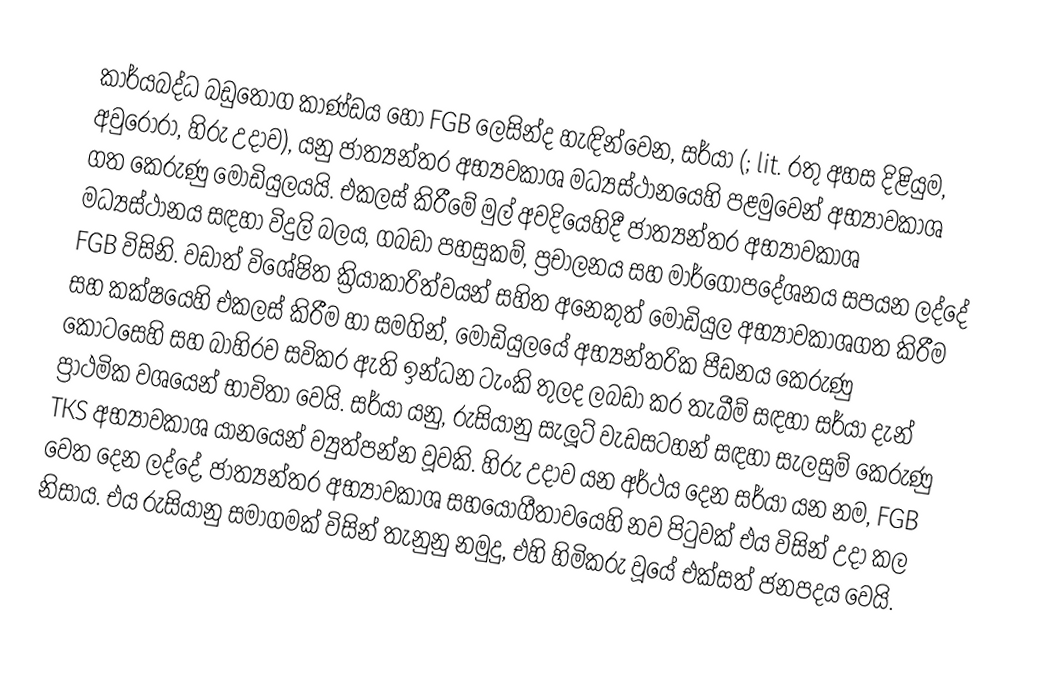
කාර්යබද්ධ බඩුතොග කාණ්ඩය හෝ FGB ලෙසින්ද හැඳින්වෙන, සර්යා (; lit. රතු අහස දිළියුම, අවුරෝරා, හිරු උදාව), යනු  ජාත්‍යන්තර අභ්‍යවකාශ මධ්‍යස්ථානයෙහි පළමුවෙන් අභ්‍යාවකාශ ගත කෙරුණු මොඩියුලයයි.   එකලස් කිරීමේ මුල් අවදියෙහිදී ජාත්‍යන්තර අභ්‍යාවකාශ මධ්‍යස්ථානය සඳහා විදුලි බලය, ගබඩා පහසුකම්, ප්‍රචාලනය සහ මාර්ගෝපදේශනය සපයන ලද්දේ FGB විසිනි.  වඩාත් විශේෂිත ක්‍රියාකාරිත්වයන් සහිත අනෙකුත් මොඩියුල අභ්‍යාවකාශගත කිරීම සහ කක්ෂයෙහි  එකලස් කිරීම හා සමගින්, මොඩියුලයේ අභ්‍යන්තරික පීඩනය කෙරුණු කොටසෙහි සහ බාහිරව සවිකර ඇති ඉන්ධන ටැංකි තුලද ලබඩා කර තැබීම් සඳහා සර්යා දැන් ප්‍රාථමික වශයෙන් භාවිතා වෙයි. සර්යා යනු,  රුසියානු සැලූට් වැඩසටහන් සඳහා සැලසුම් කෙරුණු  TKS අභ්‍යාවකාශ යානයෙන් ව්‍යුත්පන්න වූවකි. හිරු උදාව යන අර්ථය දෙන සර්යා යන නම,  FGB වෙත දෙන ලද්දේ, ජාත්‍යන්තර අභ්‍යාවකාශ සහයෝගීතාවයෙහි නව පිටුවක් එය විසින් උදා කල නිසාය. එය රුසියානු සමාගමක් විසින් තැනුනු නමුදු, එහි හිමිකරු වූයේ එක්සත් ජනපදය වෙයි.